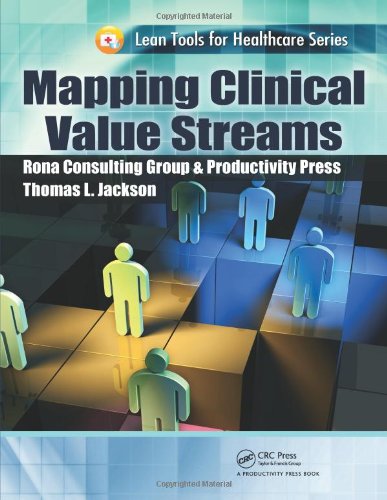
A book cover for Mapping Clinical Value Streams (Lean Tools for Healthcare Series); Thomas L. Jackson; Business & Money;